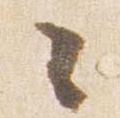
々